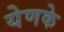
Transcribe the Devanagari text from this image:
येणके